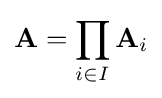
\mathbf {A} =\prod _{i\in I}\mathbf {A} _{i}